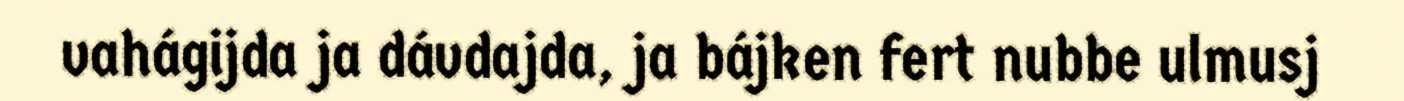
vahágijda ja dávdajda, ja bájken fert nubbe ulmusj